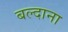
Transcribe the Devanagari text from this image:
बल्दाना